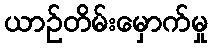
ယာဉ်တိမ်းမှောက်မှု